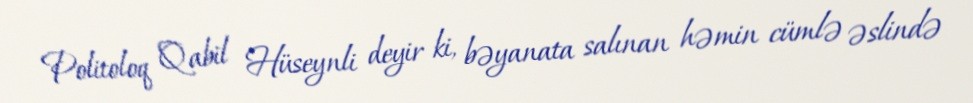
Politoloq Qabil Hüseynli deyir ki, bəyanata salınan həmin cümlə əslində